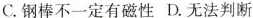
C.钢棒不一定有磁性 D.无法判断